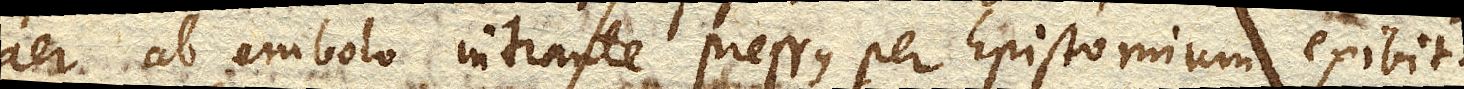
aer ab embolo intrante pressus per Epistomium exibit.